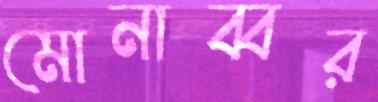
মোনাব্বর